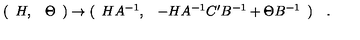
( \begin{array} { c c } { H , } & { \Theta } \\ \end{array} ) \rightarrow ( \begin{array} { c c } { H A ^ { - 1 } , } & { - H A ^ { - 1 } C ^ { \prime } B ^ { - 1 } + \Theta B ^ { - 1 } } \\ \end{array} ) \quad .